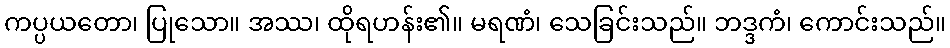
ကပ္ပယတော၊ ပြုသော။ အဿ၊ ထိုရဟန်း၏။ မရဏံ၊ သေခြင်းသည်။ ဘဒ္ဒကံ၊ ကောင်းသည်။